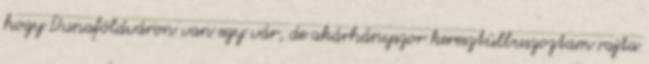
hogy Dunaföldváron van egy vár, de akárhányszor keresztülbuszoztam rajta